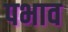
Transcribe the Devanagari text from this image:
पभाव